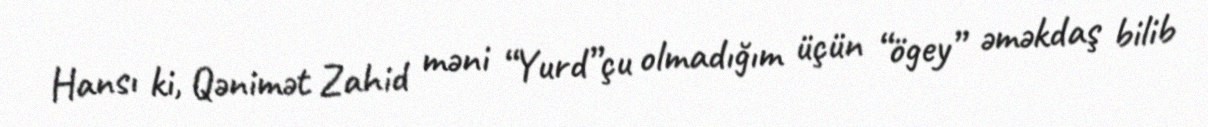
Hansı ki, Qənimət Zahid məni “Yurd”çu olmadığım üçün “ögey” əməkdaş bilib